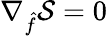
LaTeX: \nabla_{\hat{f}}\mathcal{S}=0